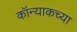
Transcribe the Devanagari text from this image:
कॉन्याकच्या